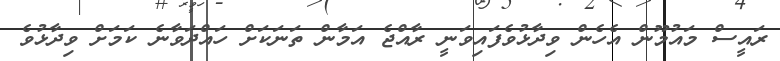
ރައީސް މައުމޫން އެހެން ވިދާޅުވެފައިވަނީ ރާއްޖެ އަމާން ތަނަކަށް ހައްދަވާނެ ކަމަށް ވިދާޅުވެ